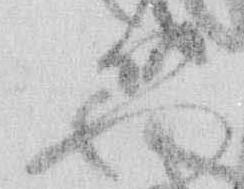
恐